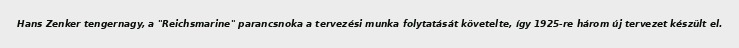
Hans Zenker tengernagy, a "Reichsmarine" parancsnoka a tervezési munka folytatását követelte, így 1925-re három új tervezet készült el.